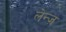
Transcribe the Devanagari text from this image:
लेन्ज़